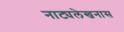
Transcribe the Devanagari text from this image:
नाट्यलेखनास